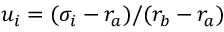
u _ { i } = ( \sigma _ { i } - r _ { a } ) / ( r _ { b } - r _ { a } )